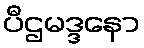
ပီဌမဒ္ဒနော